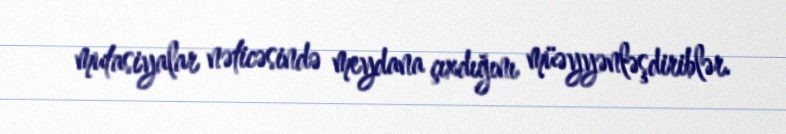
mutasiyalar nəticəsində meydana çıxdığını müəyyənləşdiriblər.